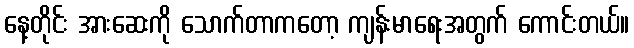
နေ့တိုင်း အားဆေးကို သောက်တာကတော့ ကျန်းမာရေးအတွက် ကောင်းတယ်။